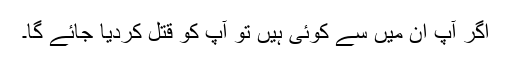
اگر آپ ان میں سے کوئی ہیں تو آپ کو قتل کردیا جائے گا۔